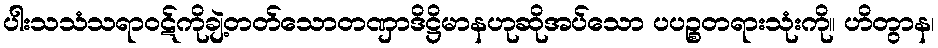
ပါးသသံသရာဝဋ်ကိုချဲ့တတ်သောတဏှာဒိဋ္ဌိမာနဟုဆိုအပ်သော ပပဉ္စတရားသုံးကို။ ဟိတွာန၊